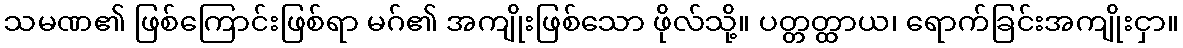
သမဏ၏ ဖြစ်ကြောင်းဖြစ်ရာ မဂ်၏ အကျိုးဖြစ်သော ဖိုလ်သို့။ ပတ္တတ္ထာယ၊ ရောက်ခြင်းအကျိုးငှာ။